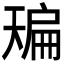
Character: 𰀙